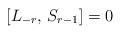
LaTeX: \begin{align*} [L_{-r}, \, S_{r-1}] = 0\end{align*}